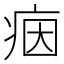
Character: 𤶑